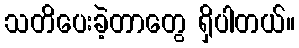
သတိပေးခဲ့တာတွေ ရှိပါတယ်။